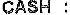
CASH :